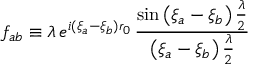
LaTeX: f _ { a b } \equiv \lambda \, e ^ { i ( \xi _ { a } - \xi _ { b } ) r _ { 0 } } \, \frac { \sin \left( \xi _ { a } - \xi _ { b } \right) \frac { \lambda } { 2 } } { \left( \xi _ { a } - \xi _ { b } \right) \frac { \lambda } { 2 } }